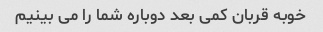
خوبه قربان کمی بعد دوباره شما را می بینیم